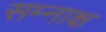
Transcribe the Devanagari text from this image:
सम्नाक्ष